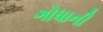
ગોધાની